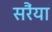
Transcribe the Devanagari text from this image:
सरैंया